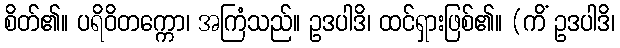
စိတ်၏။ ပရိဝိတက္ကော၊ အကြံသည်။ ဥဒပါဒိ၊ ထင်ရှားဖြစ်၏။ (ကိံ ဥဒပါဒိ၊